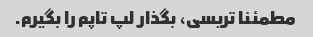
مطمئنا تریسی، بگذار لپ تاپم را بگیرم.